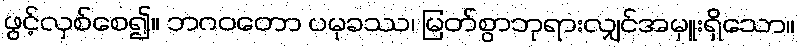
ဖွင့်လှစ်စေ၍။ ဘဂဝတော ပမုခဿ၊ မြတ်စွာဘုရားလျှင်အမှူးရှိသော။